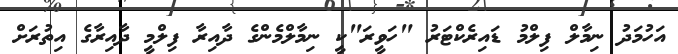
އަހުމަދު ނިމާލް ފިލްމު ޑައިރެކްޓަރު "ހަވީރަ"ކީ ނިމާލްމެންގެ ދާއިރާ ފިލްމީ ދާއިރާގެ އިތުރަށް